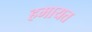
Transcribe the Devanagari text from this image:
हमायत